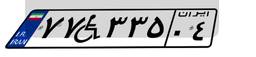
۴۳W۸۰۳۴۴